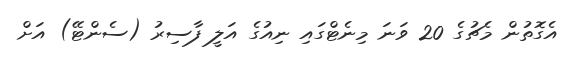
އެގޮތުން މެޗުގެ 20 ވަނަ މިނެޓްގައި ނިއުގެ އަލީ ފާސިރު (ސެންޓޭ) އަށް